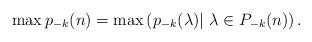
LaTeX: \begin{align*}\max p_{-k}(n)=\max \left(p_{-k}(\lambda)|~\lambda\in P_{-k}(n)\right).\end{align*}